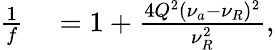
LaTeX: \begin{array}{rl}{\frac{1}{f}}&{{}=1+\frac{4Q^{2}(\nu_{a}-\nu_{R})^{2}}{\nu_{R}^{2}},}\end{array}